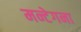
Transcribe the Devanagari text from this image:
मन्टेगना